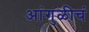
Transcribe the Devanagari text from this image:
आंगुळीचं